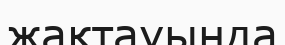
жақтауында